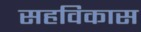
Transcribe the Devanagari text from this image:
सहविकास